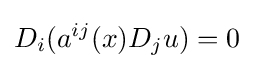
D_{i}(a^{ij}(x)D_{j}u)=0